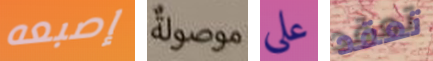
إصبعه موصولة على تعقد